Civil Veterinary Department Bengal reports 1933-51 - 1933-1951
Year: 1933
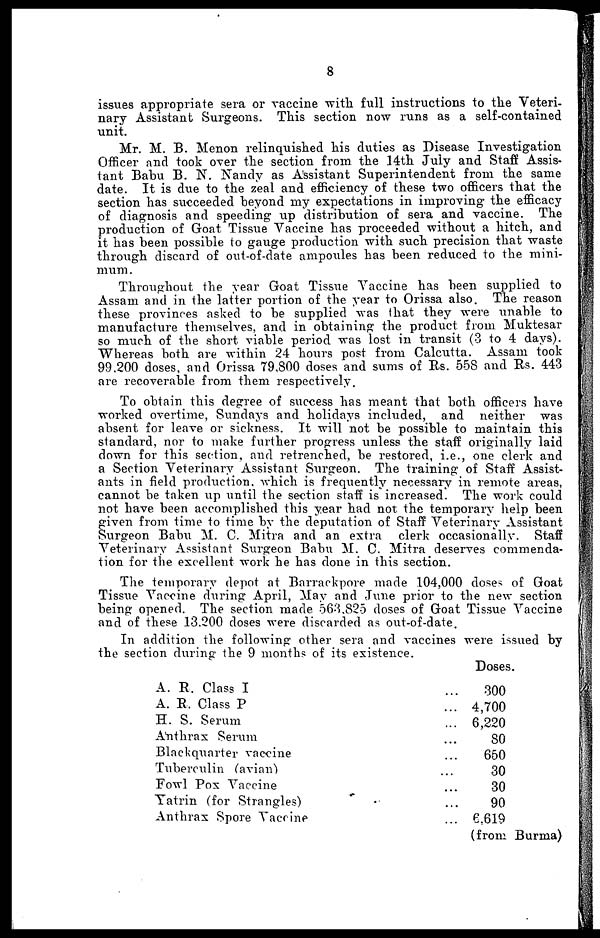
8
issues appropriate sera or vaccine with full instructions to the Veteri-
nary Assistant Surgeons. This section now runs as a self-contained
unit.
Mr. M. B. Menon relinquished his duties as Disease Investigation
Officer and took over the section from the 14th July and Staff Assis-
tant Babu B. N. Nandy as Assistant Superintendent from the same
date. It is due to the zeal and efficiency of these two officers that the
section has succeeded beyond my expectations in improving the efficacy
of diagnosis and speeding up distribution of sera and vaccine. The
production of Goat Tissue Vaccine has proceeded without a hitch, and
it has been possible to gauge production with such precision that waste
through discard of out-of-date ampoules has been reduced to the mini-
mum .
Throughout the year Goat Tissuse Vaccine has been supplied to
Assam and in the latter portion of the year to Orissa also. The reason
these provinces asked to be supplied was that they were unable to
manufacture themselves, and in obtaining the product from Muktesar
so much of the short viable period was lost in transit (3 to 4 days).
Whereas both are within 24 hours post from Calcutta. Assam took
99,200 doses, and Orissa 79,800 doses and sums of Rs. 558 and Rs. 443
are recoverable from them respectively.
To obtain this degree of success has meant that both officers have
worked overtime, Sundays and holidays included, and neither was
absent for leave or sickness. It will not be possible to maintain this
standard, nor to make further progress unless the staff originally laid
down for this section, and retrenched, be restored, i.e., one clerk and
a Section Veterinary Assistant Surgeon. The training of Staff Assist-
ants in field production, which is frequently necessary in remote areas,
cannot be taken up until the section staff is increased. The work could
not have been accomplished this year had not the temporary help been
given from time to time by the deputation of Staff Veterinary Assistant
Surgeon Babu M. C. Mitra and an extra clerk occasionally. Staff
Veterinary Assistant Surgeon Babu M. C. Mitra deserves commenda-
tion for the excellent work he has done in this section.
The temporary depot at Barrackpore made 104,000 doses of Goat
Tissue Vaccine during April, May and June prior to the new section
being opened. The section made 563,825 doses of Goat Tissue Vaccine
and of these 13,200 doses were discarded as out-of-date.
In addition the following other sera and vaccines were issued by
the section during the 9 months of its existence.
A. R. Class I ...
A. R, Class P ...
H. S. Serum ...
Anthrax Serum ...
Blackquarter vaccine ...
Tuberculin (avian) ...
Fowl Pox Vaccine ...
Yatrin (for Strangles) ...
Anthrax Spore Vaccine ...
Doses.
300
4,700
6,220
80
650
30
30
90
6,619
(from Burma)